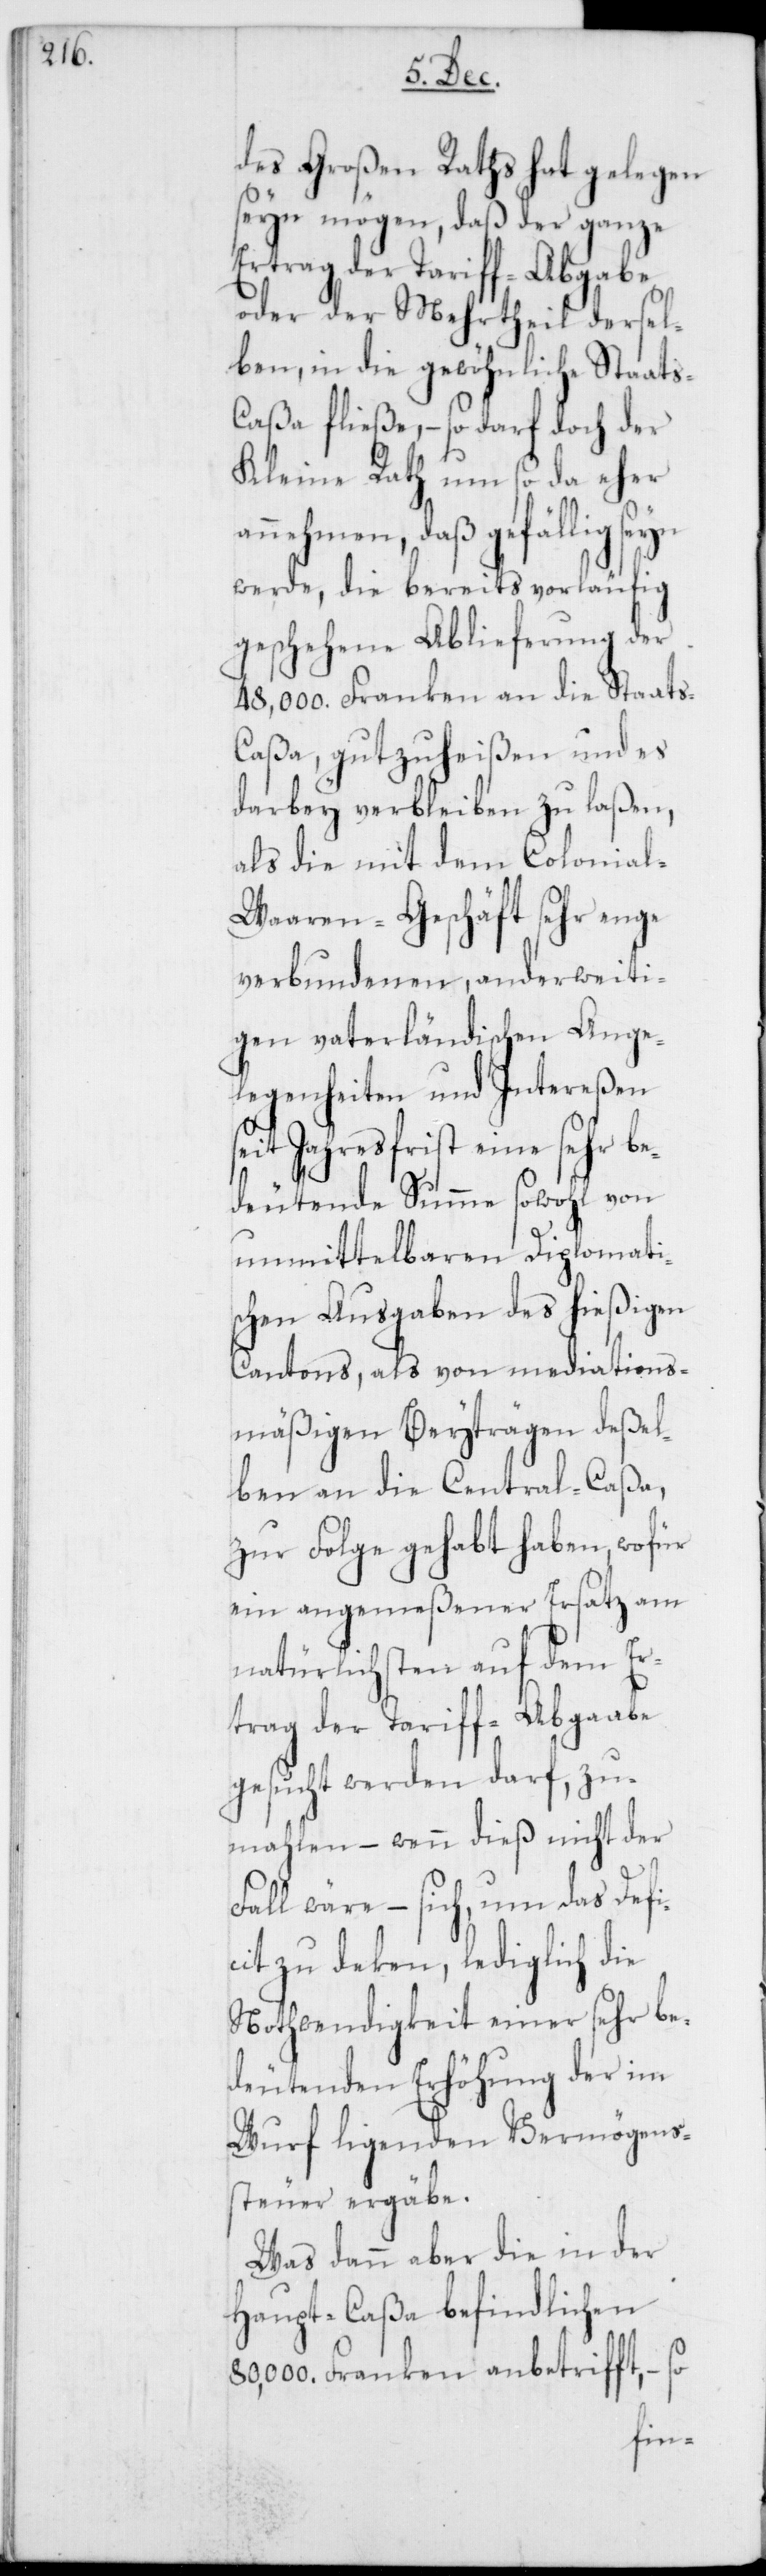
des Großen Raths hat gelegen
seyn mögen, daß der ganze
Ertrag der Tariff-Abgabe
oder der Mehrheit dersel¬
ben, in die gewöhnliche Staat¬
s-Caßa fließe, – so darf doch der
Kleine Rath um so da eher
annehmen, daß gefällig seyn
werde, die bereits vorläufig
geschehene Ablieferung der
48,000. Franken an die Staats-C¬
aßa, gutzuheißen und es
darbey verbleiben zu laßen,
als die mit dem Colonia¬
l-Waaren-Geschäft sehr enge
verbundenen, anderweiti¬
gen vaterländischen Ange¬
legenheiten und Intereßen
seit Jahresfrist eine sehr be¬
deutende Summe sowohl von
unmittelbaren Diplomati¬
schen Ausgaben des hießigen
Cantons, als von mediations¬
mäßigen Beyträgen deßel¬
ben an die Central-Caßa,
zur Folge gehabt haben, wofür
ein angemeßener Ersatz am
natürlichsten auf dem Er¬
trag der Tariff-Abgaabe
gesucht werden darf, zu¬
mahlen – wenn dieß nicht der
Fall wäre – sich, um das Defi¬
cit zu deken, lediglich die
Nothwendigkeit einer sehr be¬
deutenden Erhöhung der im
Wurf ligenden Vermögens¬
steuer ergäbe.
Was dann aber die in der
Haupt-Caßa befindlichen
80,000. Franken anbetrifft, – so